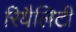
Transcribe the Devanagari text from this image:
रियैलिटी